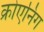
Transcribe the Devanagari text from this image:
क्रोएनिंग